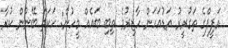
އަފީފްގެ ތަގުރީރު އަޑުއަހަން ހާޒިރުވެ ތިބި ބައެއް މީހުން: ހަކަތަ ބޭނުން ކުރާ